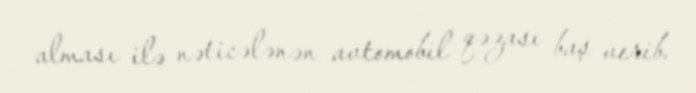
alması ilə nəticələnən avtomobil qəzası baş verib.